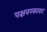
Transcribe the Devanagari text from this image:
पक्षवरकावर